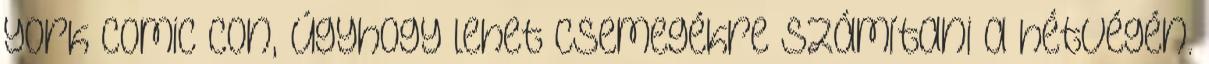
York Comic Con, úgyhogy lehet csemegékre számítani a hétvégén.